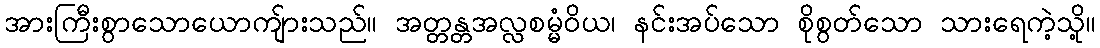
အားကြီးစွာသောယောကျ်ားသည်။ အတ္တန္တအလ္လစမ္မံဝိယ၊ နင်းအပ်သော စိုစွတ်သော သားရေကဲ့သို့။